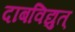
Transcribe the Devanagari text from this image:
दाबविद्युत्‌